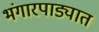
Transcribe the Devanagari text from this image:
भंगारपाड्यात